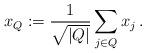
LaTeX: \begin{align*} x_Q:=\frac{1}{\sqrt{|Q|}}\sum_{j\in Q}x_j\,. \end{align*}